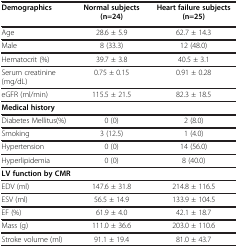
<table><thead><tr><td><b>Demographics</b></td><td><b>Normal subjects (n=24)</b></td><td><b>Heart failure subjects (n=25)</b></td></tr></thead><tbody><tr><td>Age</td><td>28.6 ± 5.9</td><td>62.7 ± 14.3</td></tr><tr><td>Male</td><td>8 (33.3)</td><td>12 (48.0)</td></tr><tr><td>Hematocrit (%)</td><td>39.7 ± 3.8</td><td>40.5 ± 3.1</td></tr><tr><td>Serum creatinine (mg/dL)</td><td>0.75 ± 0.15</td><td>0.91 ± 0.28</td></tr><tr><td>eGFR (ml/min)</td><td>115.5 ± 21.5</td><td>82.3 ± 18.5</td></tr><tr><td><b>Medical history</b></td><td> </td><td> </td></tr><tr><td>Diabetes Mellitus(%)</td><td>0 (0)</td><td>2 (8.0)</td></tr><tr><td>Smoking</td><td>3 (12.5)</td><td>1 (4.0)</td></tr><tr><td>Hypertension</td><td>0 (0)</td><td>14 (56.0)</td></tr><tr><td>Hyperlipidemia</td><td>0 (0)</td><td>8 (40.0)</td></tr><tr><td><b>LV function by CMR</b></td><td> </td><td> </td></tr><tr><td>EDV (ml)</td><td>147.6 ± 31.8</td><td>214.8 ± 116.5</td></tr><tr><td>ESV (ml)</td><td>56.5 ± 14.9</td><td>133.9 ± 104.5</td></tr><tr><td>EF (%)</td><td>61.9 ± 4.0</td><td>42.1 ± 18.7</td></tr><tr><td>Mass (g)</td><td>111.0 ± 36.6</td><td>203.0 ± 110.6</td></tr><tr><td>Stroke volume (ml)</td><td>91.1 ± 19.4</td><td>81.0 ± 43.7</td></tr></tbody></table>